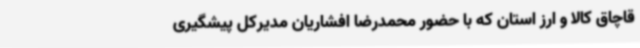
قاچاق کالا و ارز استان که با حضور محمدرضا افشاریان مدیرکل پیشگیری